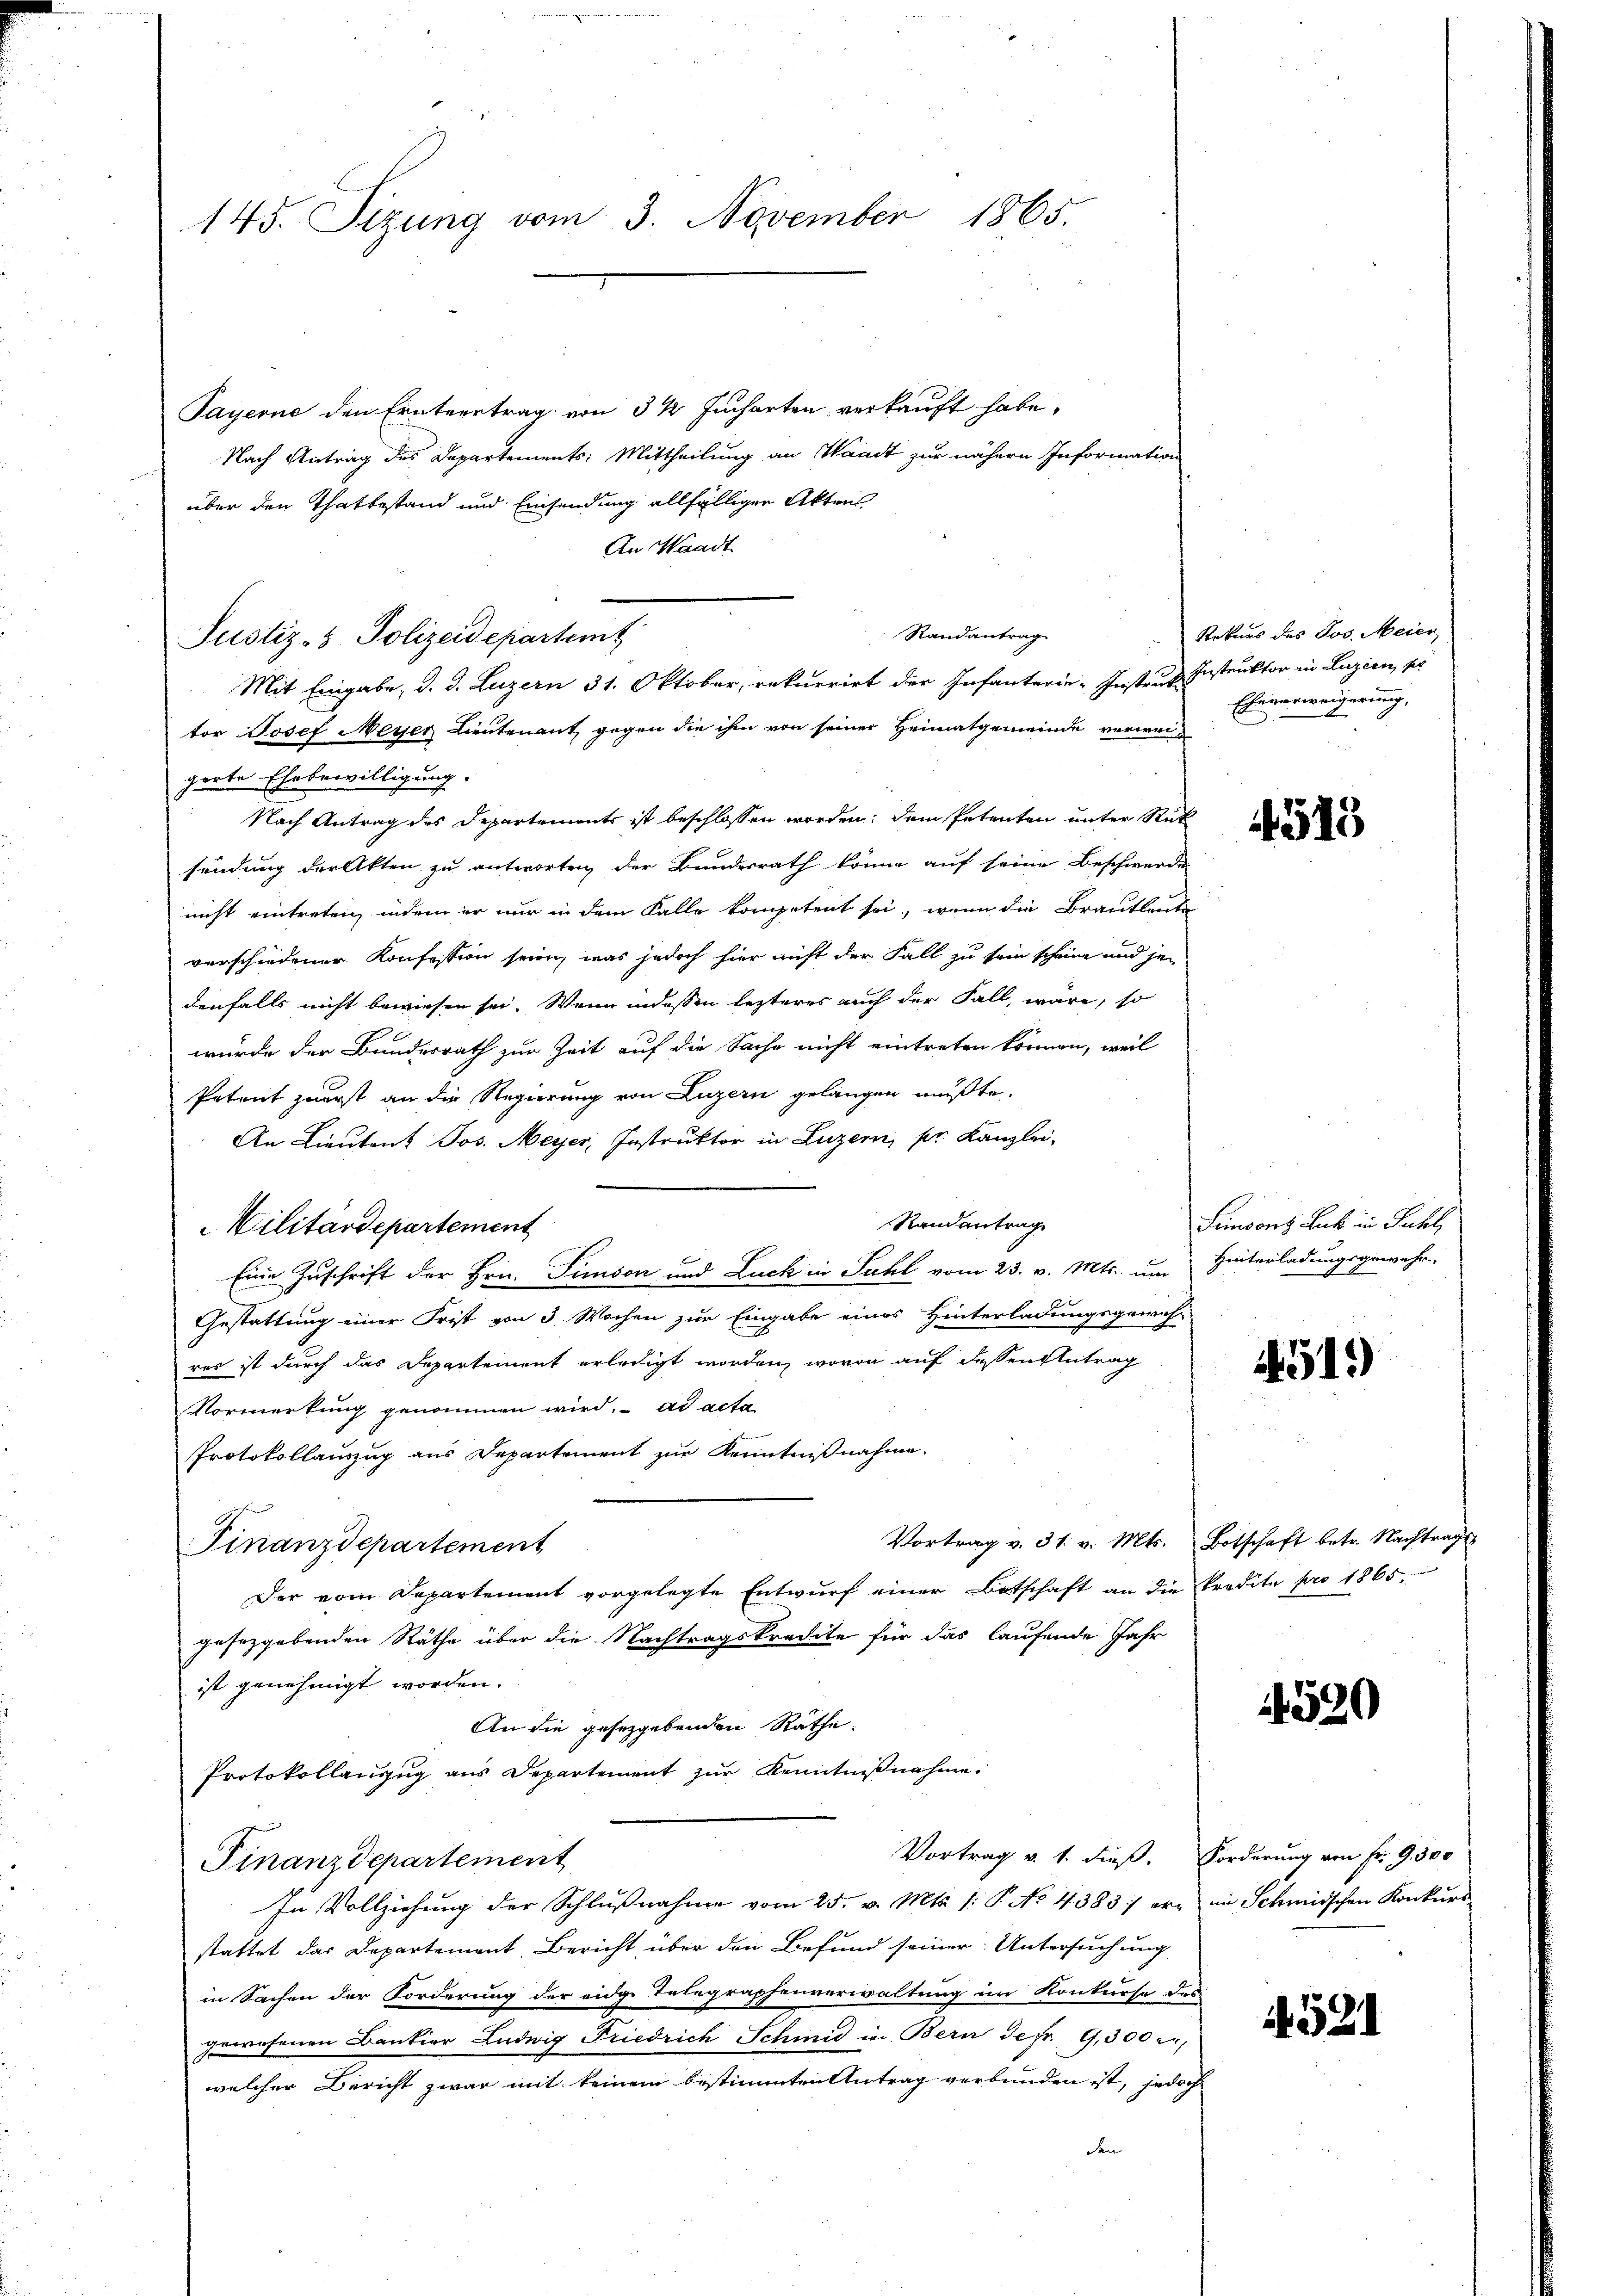
145. Sizung vom 3. November 1865.

Payerne den Erntertrag von 3 ½ Jucharten verkauft habe.
Nach Antrag des Departements: Mittheilung an Waadt zur nähern Information
über den Thatbestand und Einsendung allfälligen Akten
An Waadt
Randantrag
Mit Eingabe, d. d. Luzern 31. Oktober, rekurrirt der Infanterie-Instrus Instruktor in Luzern, ser
tor Josef Meyer Lieutenant gegen die ihm von seiner Heimatgemeinde verweigerte Ehrbewilligung.
Nach Antrag des Departements ist beschlossen worden; dem Petenten unter Rück
sendung der Akten zu antworten der Bundesrath könne auf seine Beschwerde
nicht eintreten, indem er nur in dem Falle kompetent sei, wenn die Brautleute
verschiedener Konfession seien, was jedoch hier nicht der Fall zu sein schein und jedenfalls nicht bewiesen sei. Wenn indessen lezteres auch der Fall, wäre, so
wurde der Bundesrath zur Zeit auf die Sache nicht eintreten können, weil
Petent zuerst an die Regierung von Luzern gelangen mußte.
An Lieutent Jos. Meyer, Instruktor in Luzern, pr. Kanzlei-
Randantrag
Militärdepartement
Eine Zuschrift der Hrn. Simplon und Luck in Guhl vom 23. v. Mts. um Hinterladungsgewehr-
Gestattung einer Frist von 3 Wochen zur Eingabe eines Hinterladungsgewich-
res ist durch das Departement erledigt worden, wovon auf dessen Antrag
Vormerkung genommen wird. ad acta
Protokollauszug aus Departement zur Kenntnißnahme.
Vortrag v. 31. v. Mts. Botschaft betr. Nachtrage
Finanzdepartement
Der vom Departement vorgelegte Entwurf einer Botschaft an die Predite pro 1865.
gesezgebenden Räthe über die Nachtragskredite für das laufende Jahr
ist genehmigt worden.
An die gesetzgebenden Räthe.
Protokollanzug aus Departement zur Kenntnißnahme.
Vortrag v. 1. dieß. Forderung von Fr. 9300
Finanzdepartement
In Vollziehung der Schlußnahme vom 25. v. Mts. 1. P. No. 4383; er in Schmidschen Konkurs
stattet das Departement Bericht über den Befund seiner Untersuchung
in Sachen der Forderung der eidge Telegraphenverwaltung im Konkurse des
gewesenen Bankier Ludwig Friedrich Schmid in Bern de fr. G,300 r
welcher Bericht zwar mit keinem bestimmten Antrag verbunden ist, jedoch
den

Justiz- & Polizeidepartemt

Rekurs des Jos. Meier
Eheverweigerung,

4519

Funsons Lack in Juhl

4519)

4520

521